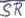
Text: SR